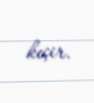
keçir.